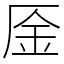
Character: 㕋